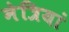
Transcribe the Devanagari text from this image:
नेत्रियां